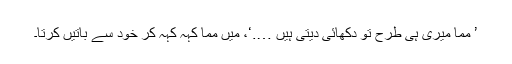
’ مما میری ہی طرح تو دکھائی دیتی ہیں ….‘، میں مما کہہ کہہ کر خود سے باتیں کرتا۔